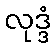
လုဒ္ဒံ